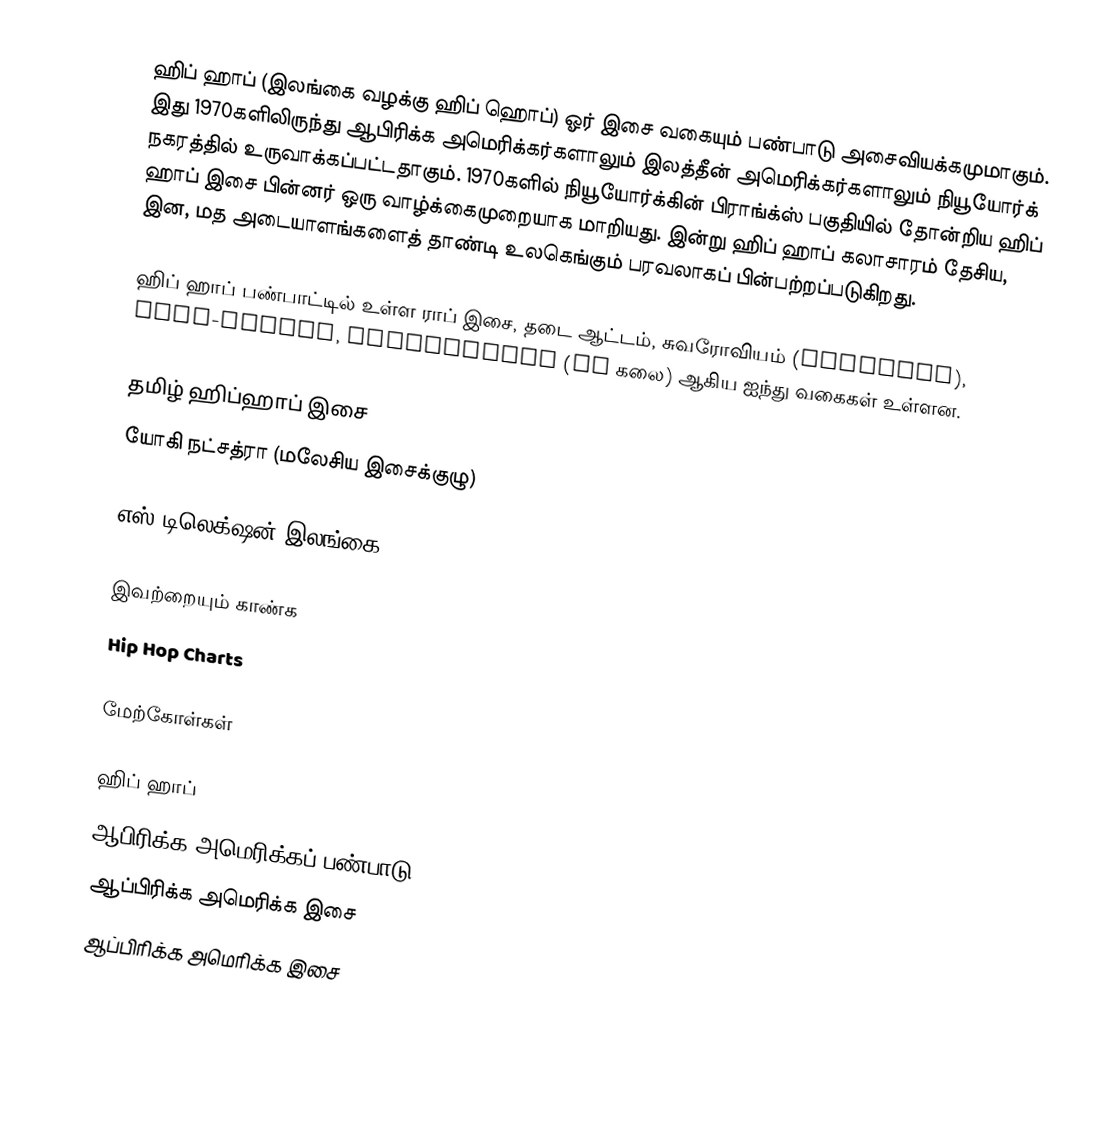
ஹிப் ஹாப் (இலங்கை வழக்கு ஹிப் ஹொப்) ஓர் இசை வகையும் பண்பாடு அசைவியக்கமுமாகும். இது 1970களிலிருந்து ஆபிரிக்க அமெரிக்கர்களாலும் இலத்தீன் அமெரிக்கர்களாலும் நியூயோர்க் நகரத்தில் உருவாக்கப்பட்டதாகும். 1970களில் நியூயோர்க்கின் பிராங்க்ஸ் பகுதியில் தோன்றிய ஹிப் ஹாப் இசை பின்னர் ஒரு வாழ்க்கைமுறையாக மாறியது. இன்று ஹிப் ஹாப் கலாசாரம் தேசிய, இன, மத அடையாளங்களைத் தாண்டி உலகெங்கும் பரவலாகப் பின்பற்றப்படுகிறது.

ஹிப் ஹாப் பண்பாட்டில் உள்ள ராப் இசை, தடை ஆட்டம், சுவரோவியம் (Graffiti), Beat-boxing, Turntablism (DJ கலை) ஆகிய ஐந்து வகைகள் உள்ளன.

தமிழ் ஹிப்ஹாப் இசை
 யோகி நட்சத்ரா (மலேசிய இசைக்குழு)

 எஸ்.டிலெக்ஷன்(இலங்கை)

இவற்றையும் காண்க
 Hip Hop Charts

மேற்கோள்கள்

ஹிப் ஹாப்
ஆபிரிக்க அமெரிக்கப் பண்பாடு
ஆப்பிரிக்க அமெரிக்க இசை
ஆப்பிரிக்க அமெரிக்க இசை